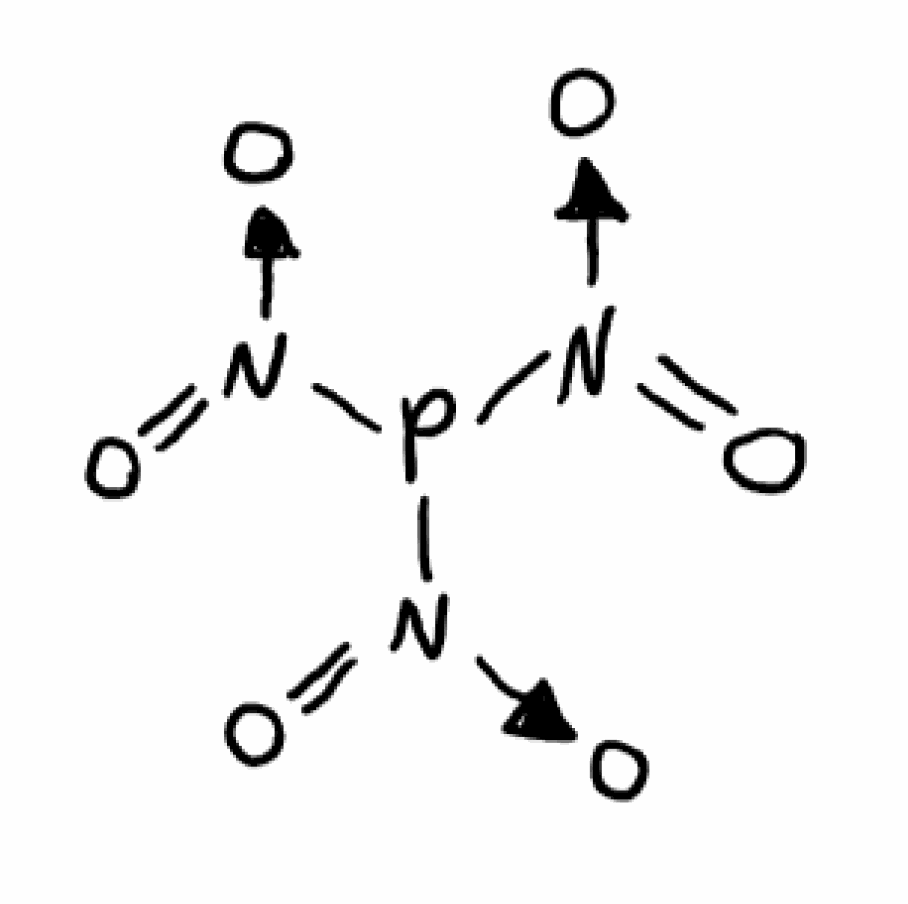
Simplified molecular-input line-entry system (SMILES) notation of the given molecule:
[N+](=O)([O-])P([N+](=O)[O-])[N+](=O)[O-]